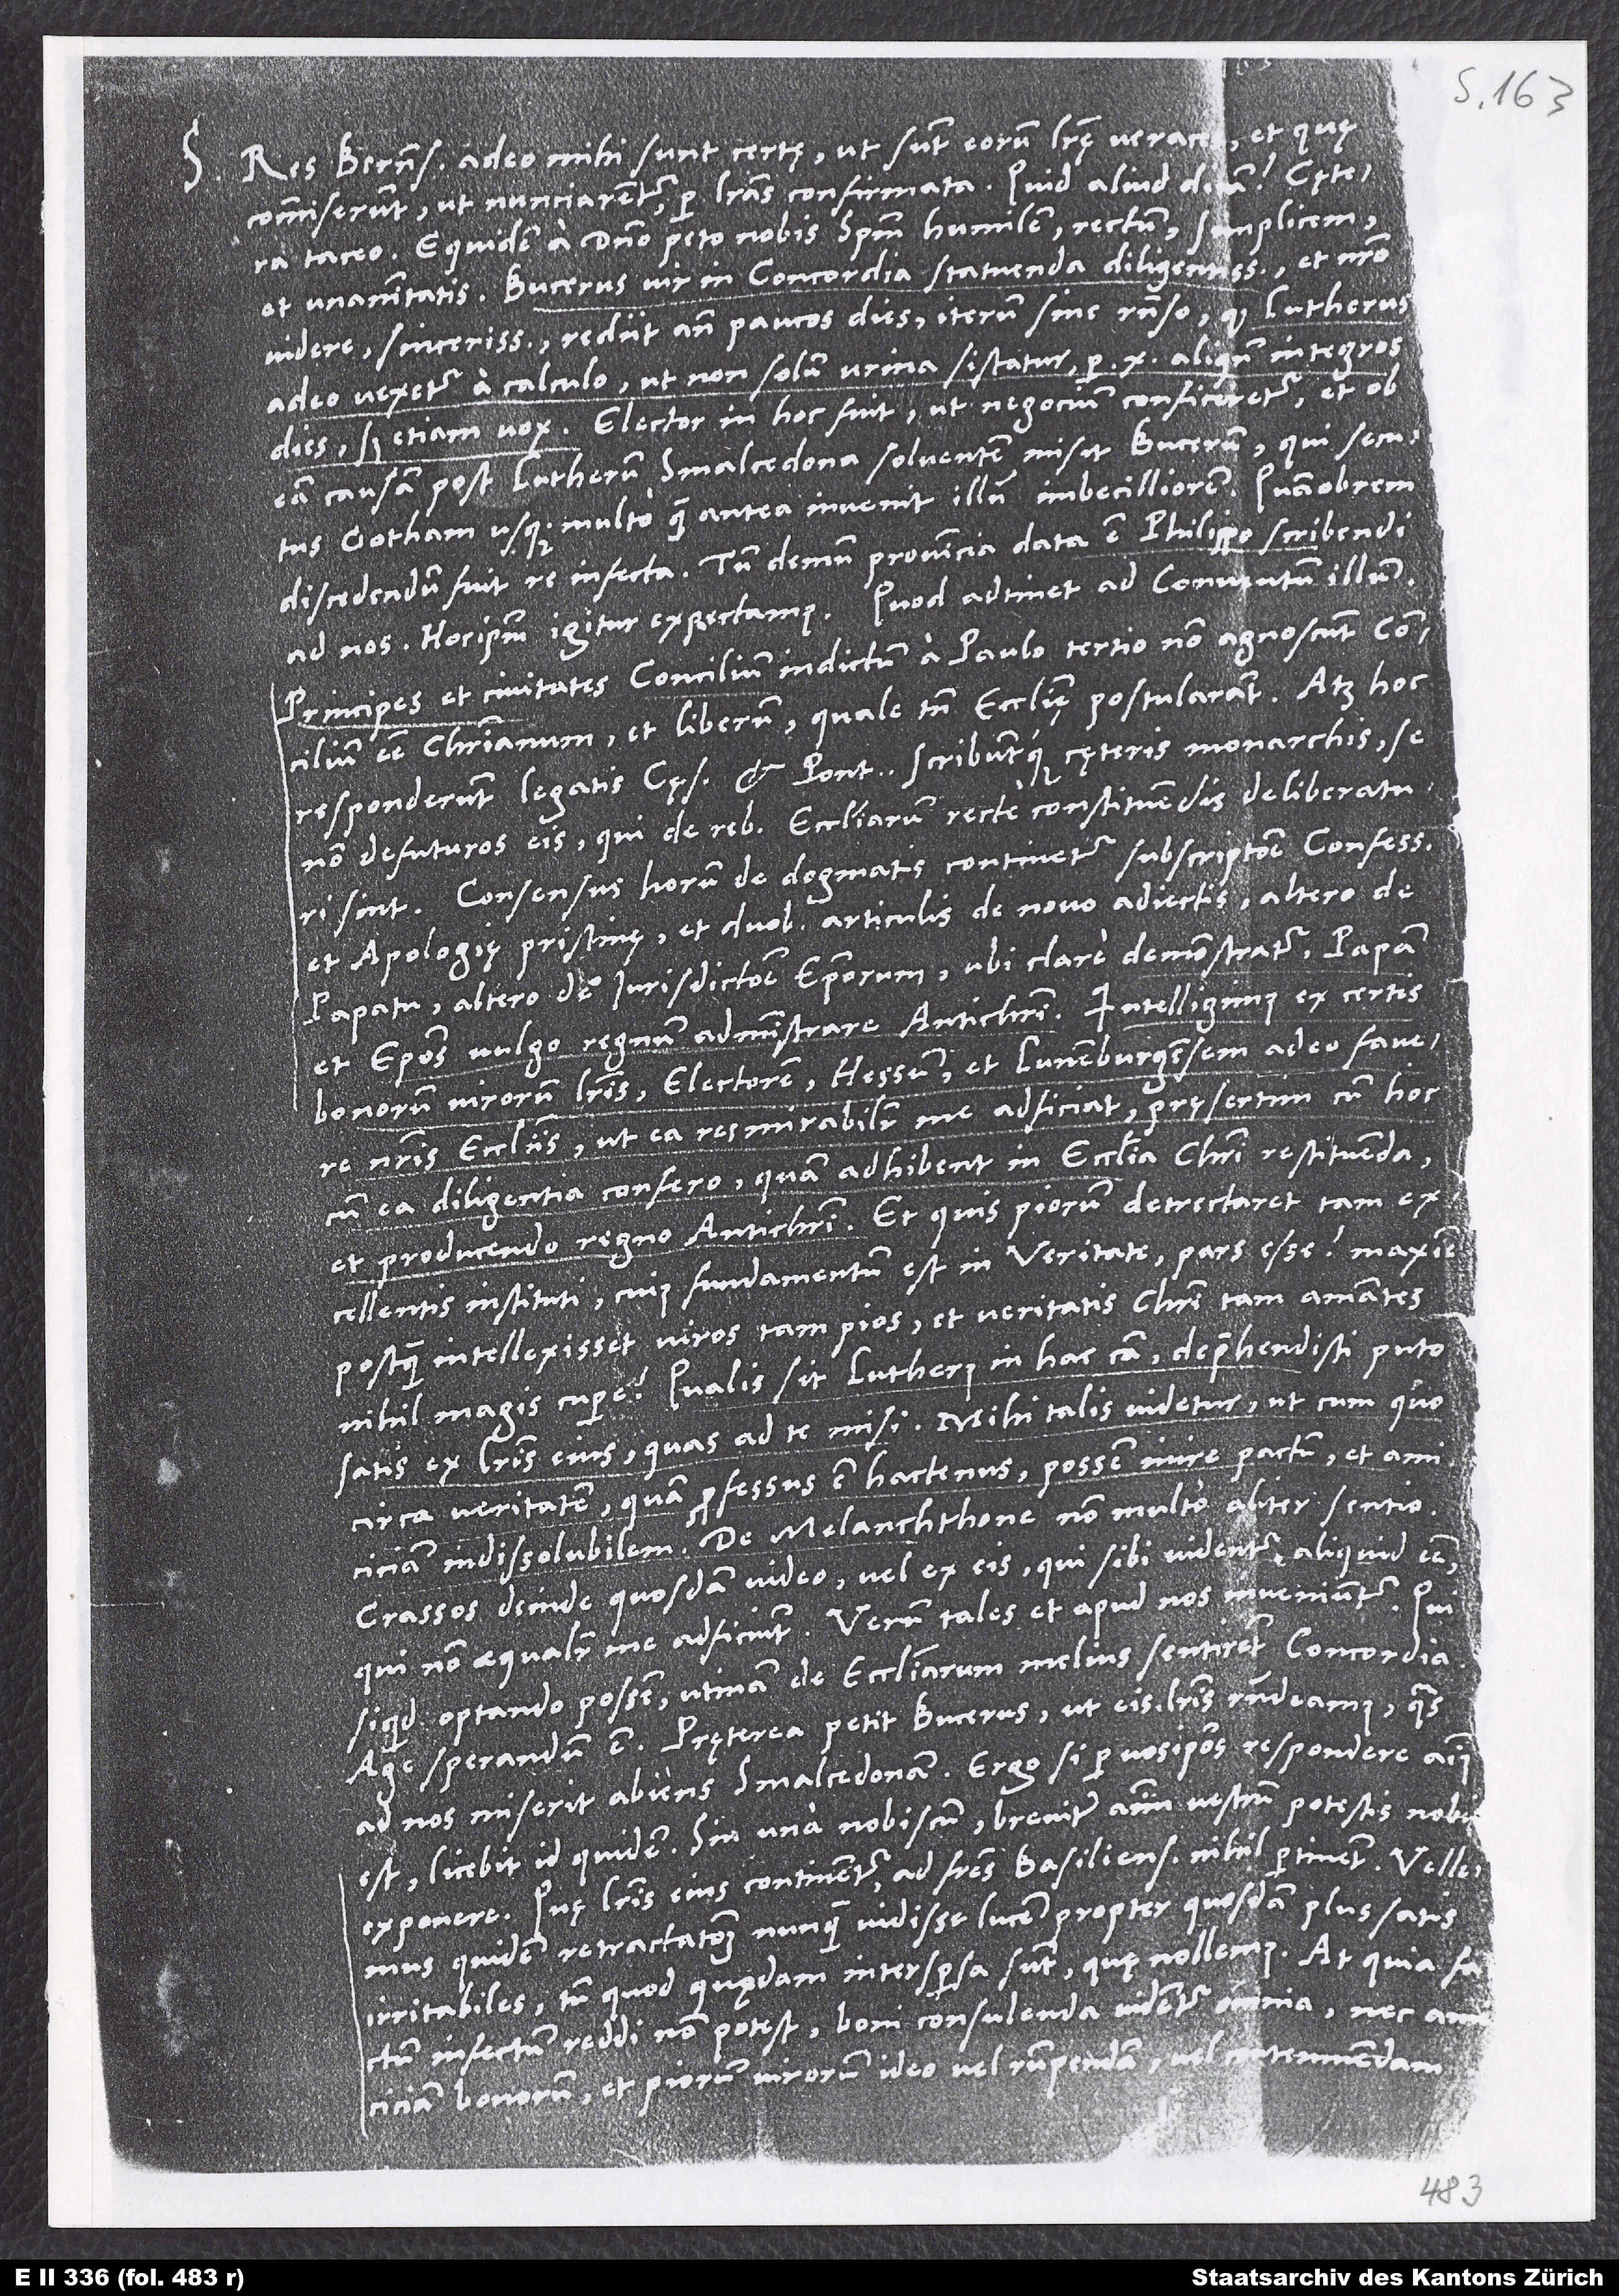
S.